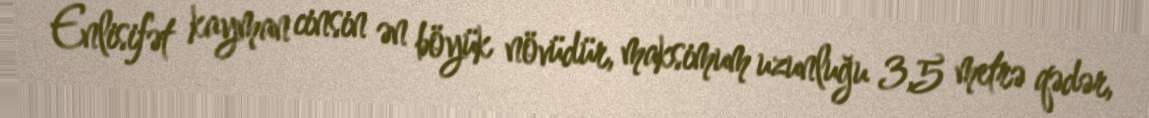
Enlisifət kayman cinsin ən böyük növüdür, maksimum uzunluğu 3,5 metrə qədər,